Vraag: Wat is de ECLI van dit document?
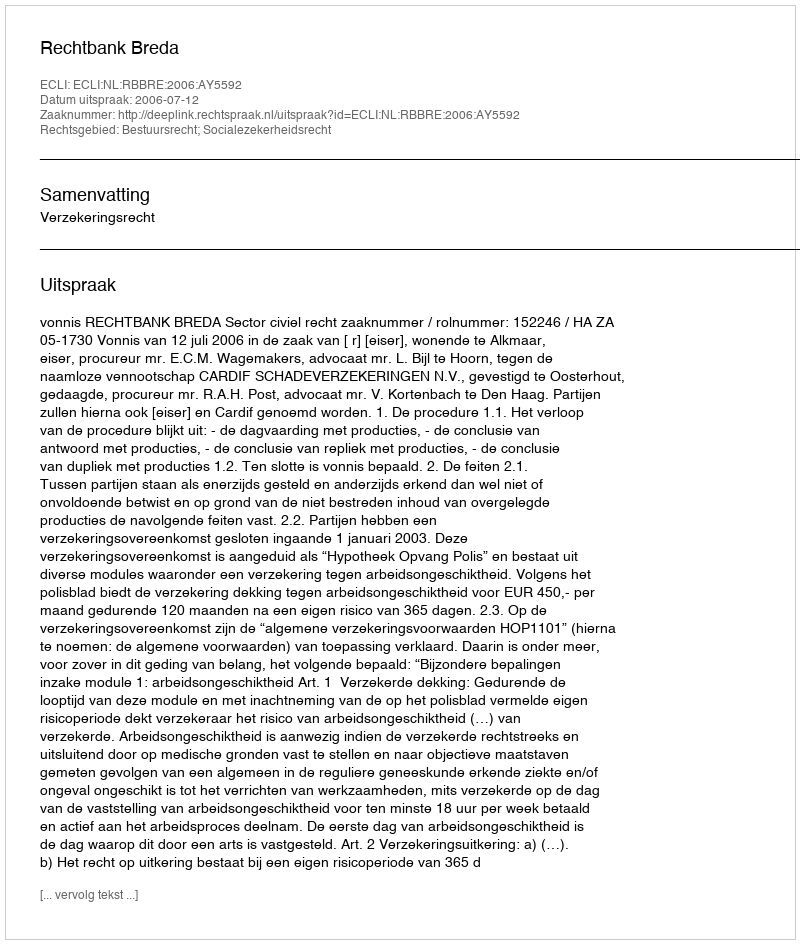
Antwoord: ECLI:NL:RBBRE:2006:AY5592